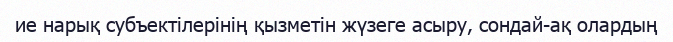
ие нарық субъектілерінің қызметін жүзеге асыру, сондай-ақ олардың